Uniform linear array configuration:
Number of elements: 64
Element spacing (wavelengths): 0.75
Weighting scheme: cosine
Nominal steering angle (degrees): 45
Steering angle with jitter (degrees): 46.258
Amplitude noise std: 0.05
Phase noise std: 0.05

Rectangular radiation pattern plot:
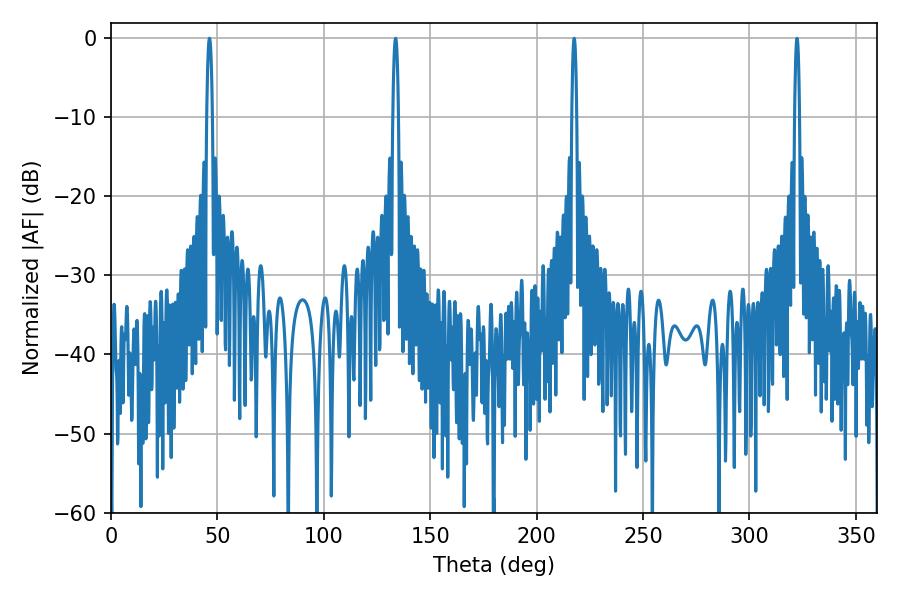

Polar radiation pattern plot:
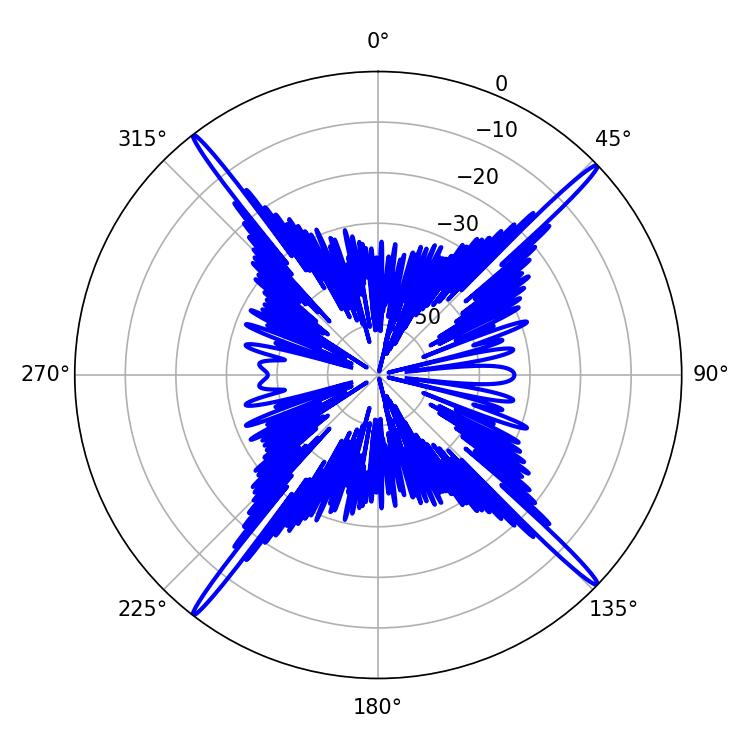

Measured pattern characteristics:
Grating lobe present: TRUE
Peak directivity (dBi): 22.374
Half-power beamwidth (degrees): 1.44
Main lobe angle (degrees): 46.26